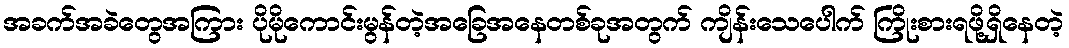
အခက်အခဲတွေအကြား ပိုမိုကောင်းမွန်တဲ့အခြေအနေတစ်ခုအတွက် ကျိန်းသေပေါက် ကြိုးစားရဖို့ရှိနေတဲ့